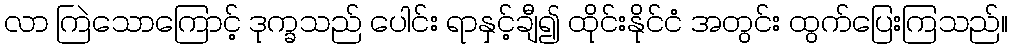
လာ ကြဲသောကြောင့် ဒုက္ခသည် ပေါင်း ရာနှင့်ချီ၍ ထိုင်းနိုင်ငံ အတွင်း ထွက်ပြေးကြသည်။